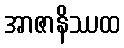
အာဇာနိဿထ